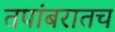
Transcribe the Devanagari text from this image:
तपांबरातच